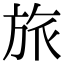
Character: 旅